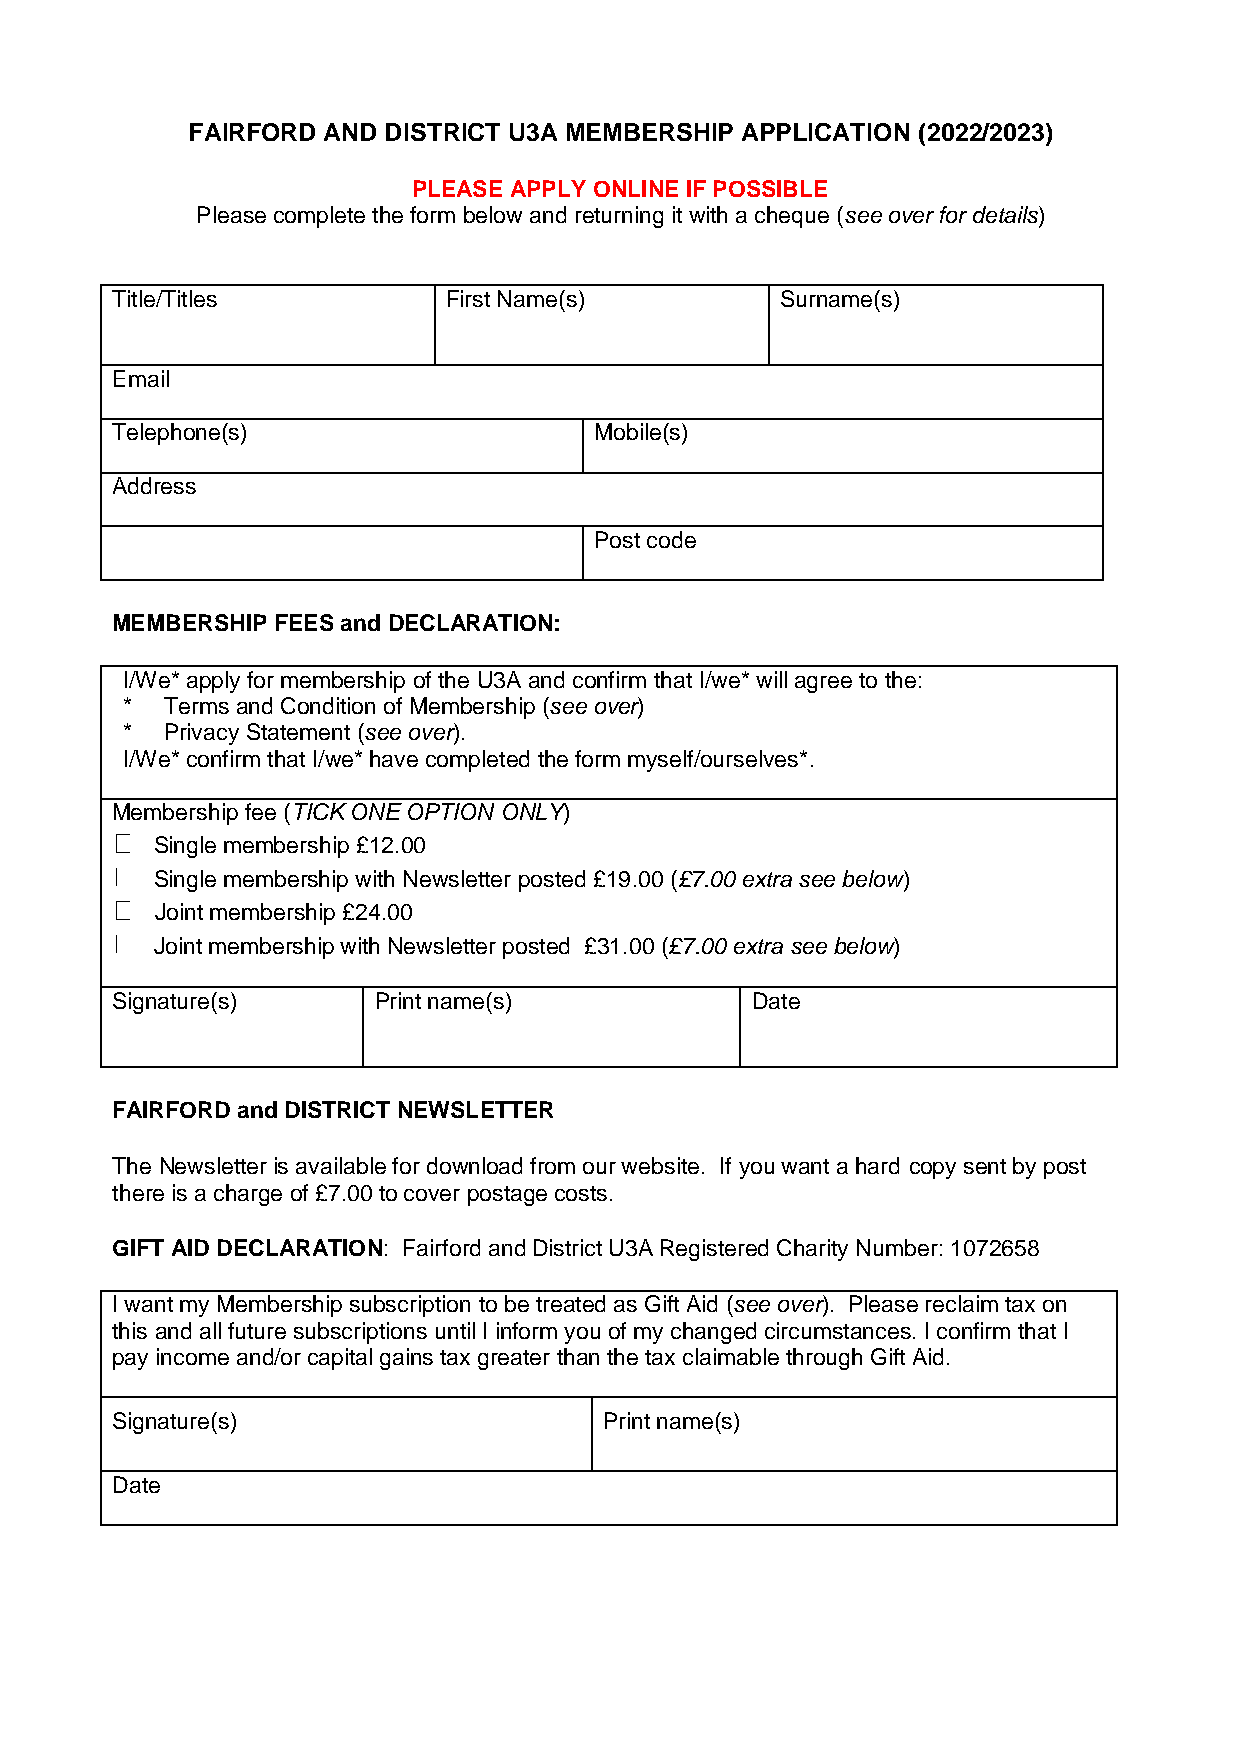
FAIRFORD AND DISTRICT U3A MEMBERSHIP APPLICATION (2022/2023)
 PLEASE APPLY ONLINE IF POSSIBLE
 Please complete the form below and returning it with a cheque (see over for details)
 Title/Titles           First Name(s)         Surname(s)
 Email
 Telephone(s)                    Mobile(s)
 Address
 Post code
 MEMBERSHIP FEES and DECLARATION:
 I/We* apply for membership of the U3A and confirm that I/we* will agree to the:
 *  Terms and Condition of Membership (see over)
 *  Privacy Statement (see over).
 I/We* confirm that I/we* have completed the form myself/ourselves*.
 Membership fee (TICK ONE OPTION ONLY)
 Single membership £12.00
 Single membership with Newsletter posted £19.00 (£7.00 extra see below)
 Joint membership £24.00
 Joint membership with Newsletter posted £31.00 (£7.00 extra see below)
 Signature(s)      Print name(s)            Date
 FAIRFORD and DISTRICT NEWSLETTER
 The Newsletter is available for download from our website. If you want a hard copy sent by post
 there is a charge of £7.00 to cover postage costs.
 GIFT AID DECLARATION: Fairford and District U3A Registered Charity Number: 1072658
 I want my Membership subscription to be treated as Gift Aid (see over). Please reclaim tax on
 this and all future subscriptions until I inform you of my changed circumstances. I confirm that I
 pay income and/or capital gains tax greater than the tax claimable through Gift Aid.
 Signature(s)                     Print name(s)
 Date